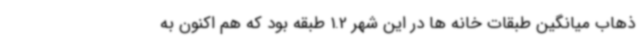
ذهاب میانگین طبقات خانه ها در این شهر 1.2 طبقه بود که هم اکنون به